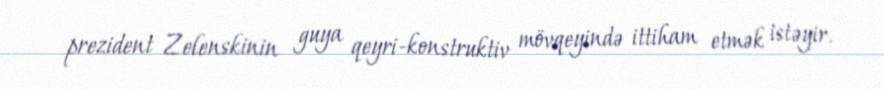
prezident Zelenskinin guya qeyri-konstruktiv mövqeyində ittiham etmək istəyir.